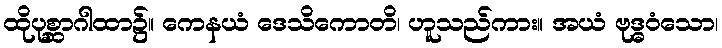
ထိုပုစ္ဆာဂါထာ၌။ ကေနယံ ဒေသိကောတိ၊ ဟူသည်ကား။ အယံ ဗုဒ္ဓဝံသော၊